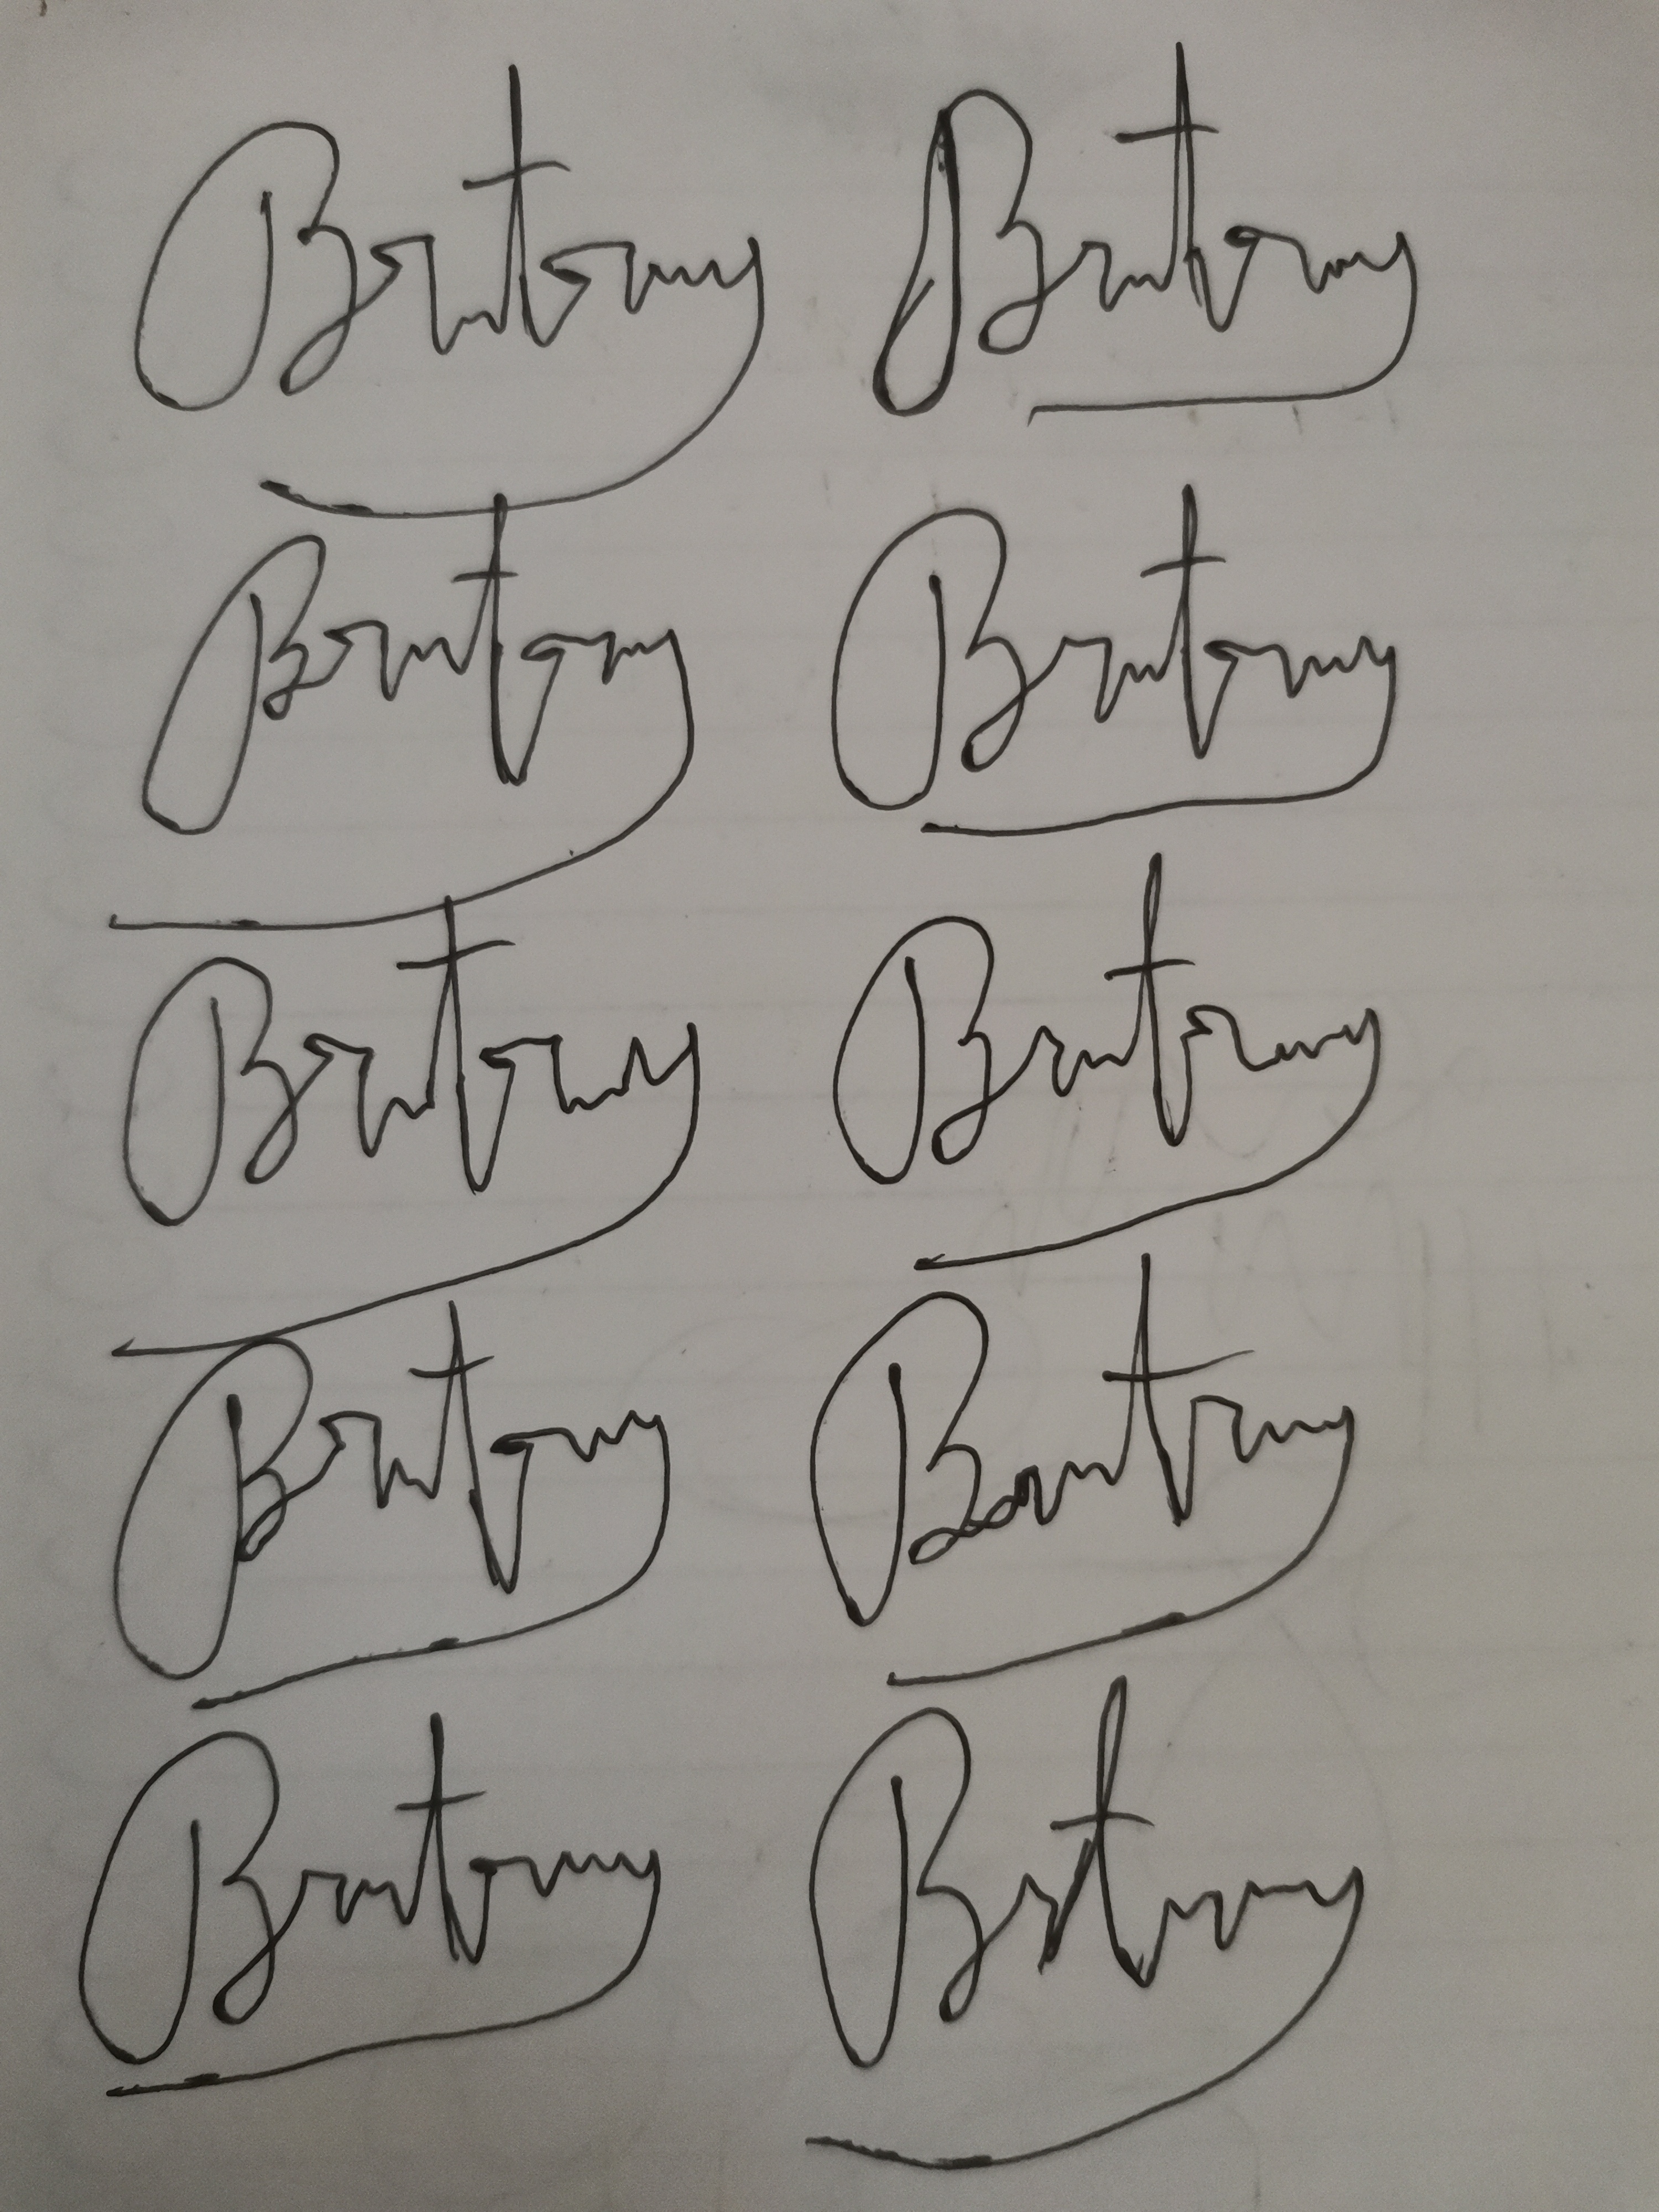
Signature authenticity: forged